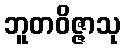
ဘူတဝိဇ္ဇာသု